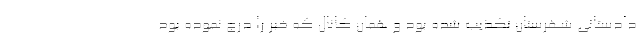
دادستانی شهرستان تکذیب شده بود و همان کانال که خبر را درج نموده بود